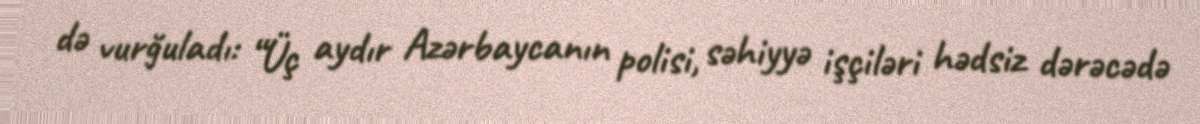
də vurğuladı: “Üç aydır Azərbaycanın polisi, səhiyyə işçiləri hədsiz dərəcədə